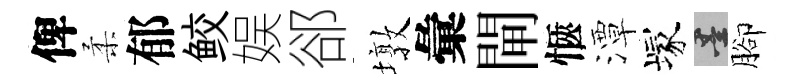
俾柔郁鲛娱郤墩彙閘愜潭塚墨腳